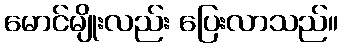
မောင်မျိုးလည်း ပြေးလာသည်။